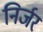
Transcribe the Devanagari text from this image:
निर्जर